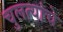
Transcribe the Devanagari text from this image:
चुलत्यांचे